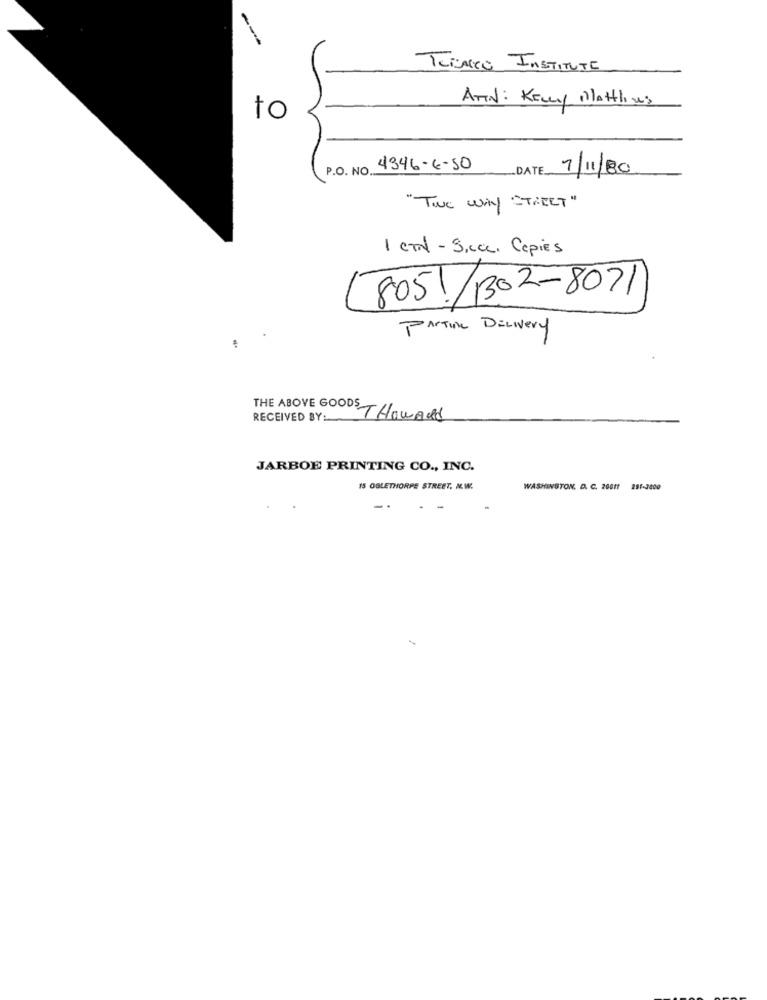
---
TERAMO INSTITUTE
ATTN: KELLY MAttling
to
P.O. NO. 4346-6-50
DATE 7/11/80
"TIE Why STREET "
1 CTl - Sicce. Copies
8051/1302-8071
PANTIN DELIVERY
RECEIVED BY
THE ABOVE GOODS THoward
JARBOE PRINTING CO ., INC.
15 OGLETHORPE STREET, N.W.
WASHINGTON, D. C. 20011
281-3400